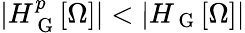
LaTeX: |H_{\mathrm{~G~}}^{p}[\Omega]|<|H_{\mathrm{~G~}}[\Omega]|